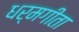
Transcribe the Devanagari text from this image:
धर्मगीता